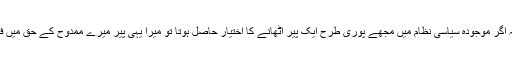
اور میں سوچتا ہوں کہ اگر موجودہ سیاسی نظام میں مجھے پوری طرح ایک پیر اُٹھانے کا اختیار حاصل ہوتا تو میرا یہی پیر میرے ممدوح کے حق میں فلائنگ کک ثابت ہوتا۔